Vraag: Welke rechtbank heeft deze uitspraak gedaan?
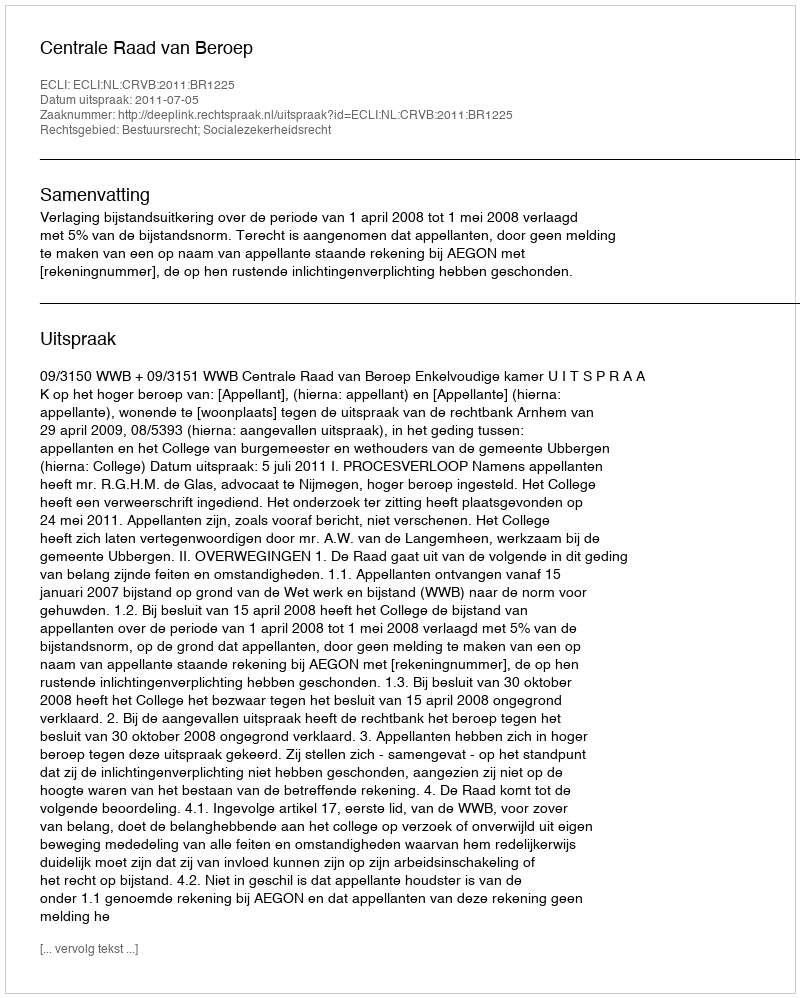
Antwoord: Centrale Raad van Beroep